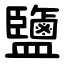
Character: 鹽